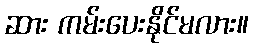
ဆား ကမ်းပေးနိုင်မလား။